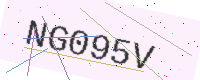
Text: NG095V